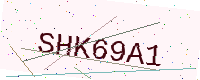
Text: SHK69A1